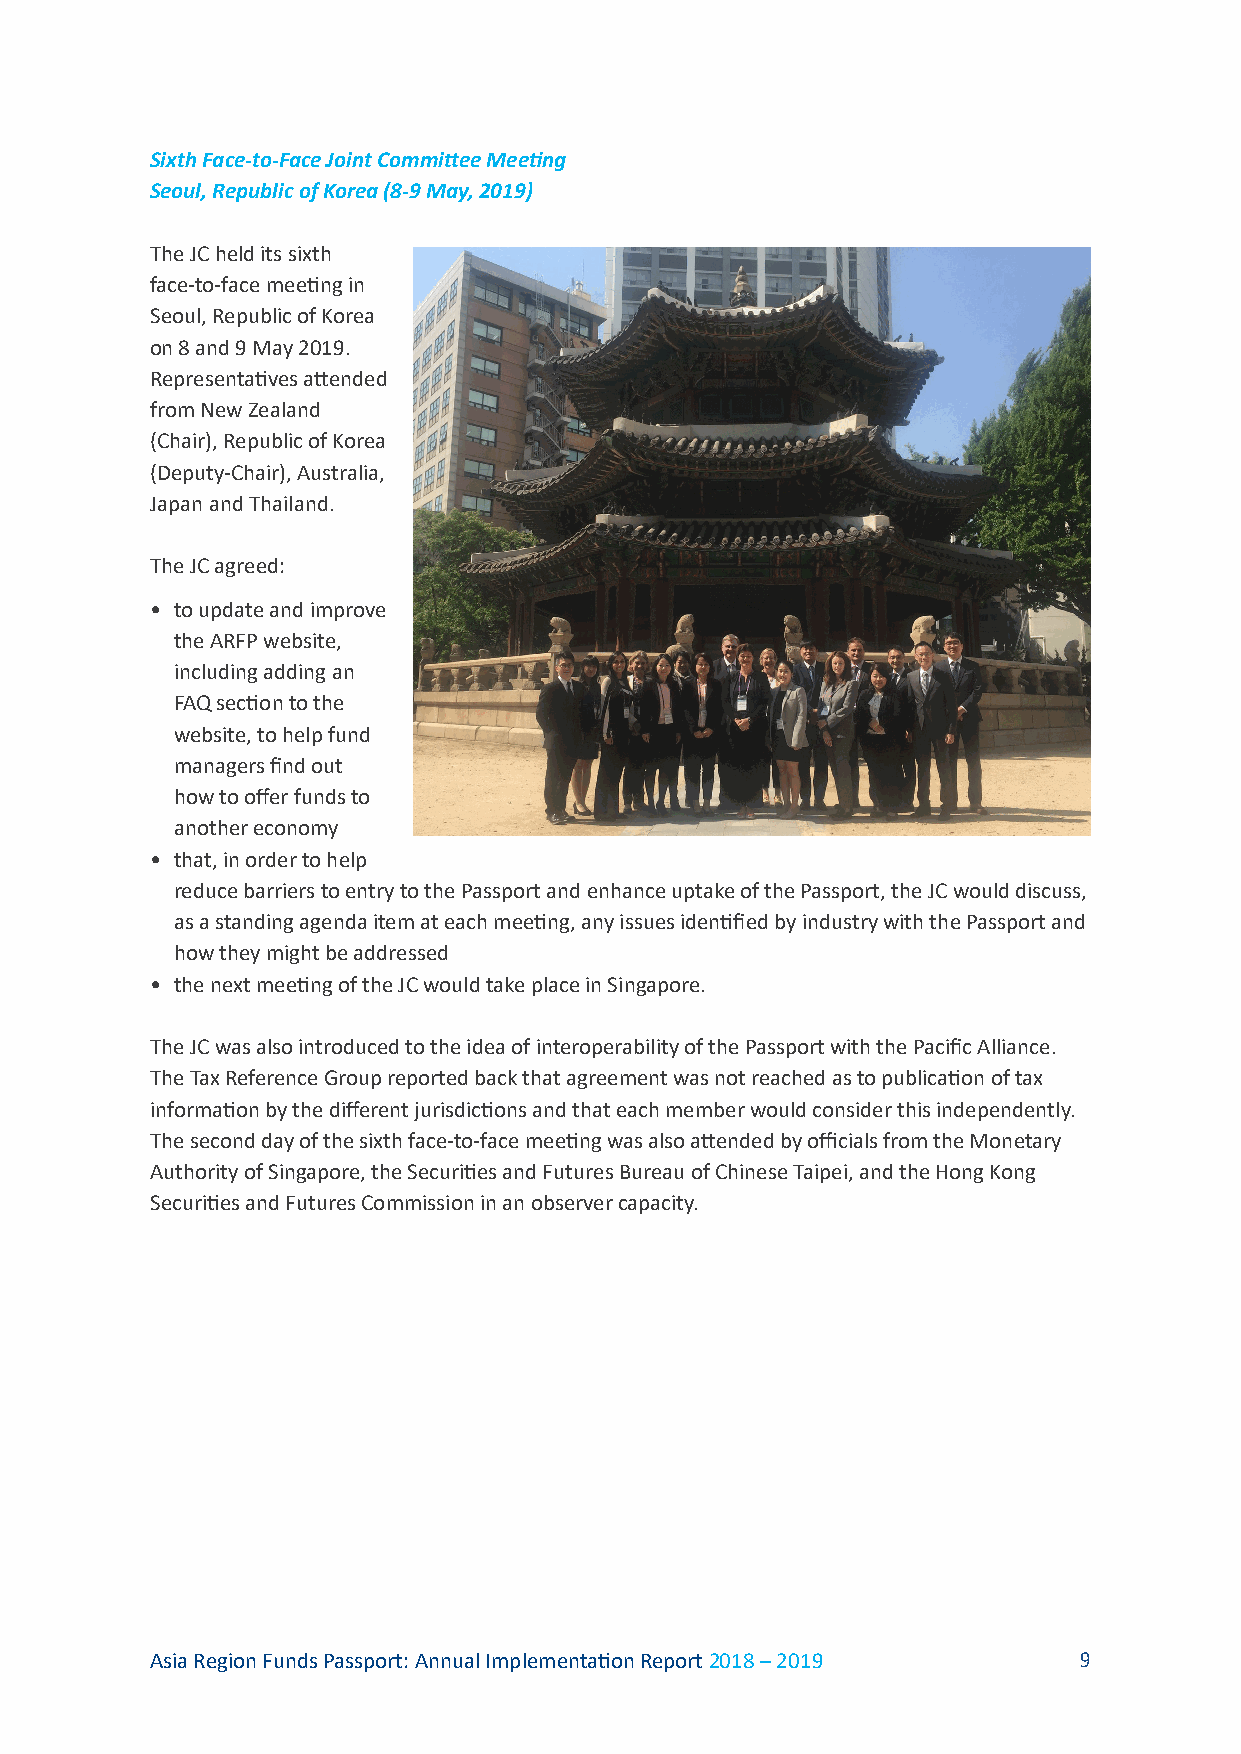
Sixth Face-to-Face Joint Committee Meeting
 Seoul, Republic of Korea (8-9 May, 2019)
 The JC held its sixth
 face-to-face meeting in
 Seoul, Republic of Korea
 on 8 and 9 May 2019.
 Representatives attended
 from New Zealand
 (Chair), Republic of Korea
 (Deputy-Chair), Australia,
 Japan and Thailand.
 The JC agreed:
 • to update and improve
 the ARFP website,
 including adding an
 FAQ section to the
 website, to help fund
 managers find out
 how to offer funds to
 another economy
 • that, in order to help
 reduce barriers to entry to the Passport and enhance uptake of the Passport, the JC would discuss,
 as a standing agenda item at each meeting, any issues identified by industry with the Passport and
 how they might be addressed
 • the next meeting of the JC would take place in Singapore.
 The JC was also introduced to the idea of interoperability of the Passport with the Pacific Alliance.
 The Tax Reference Group reported back that agreement was not reached as to publication of tax
 information by the different jurisdictions and that each member would consider this independently.
 The second day of the sixth face-to-face meeting was also attended by officials from the Monetary
 Authority of Singapore, the Securities and Futures Bureau of Chinese Taipei, and the Hong Kong
 Securities and Futures Commission in an observer capacity.
 Asia Region Funds Passport: Annual Implementation Report 2018 – 2019 9